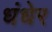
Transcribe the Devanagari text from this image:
धंधेर